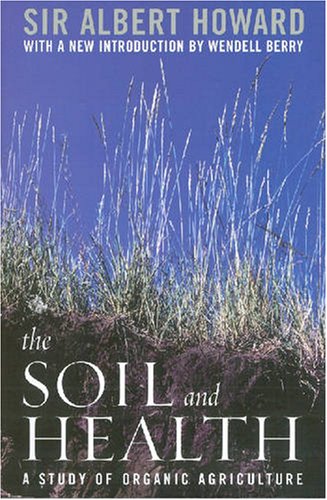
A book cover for The Soil and Health: A Study of Organic Agriculture (Clark Lectures); Albert Howard; Science & Math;